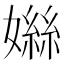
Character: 𪦤